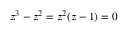
z ^ { 3 } - z ^ { 2 } = z ^ { 2 } ( z - 1 ) = 0